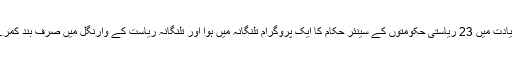
ہمارے سکریٹری کی قیادت میں 23 ریاستی حکومتوں کے سینئر حکام کا ایک پروگرام تلنگانہ میں ہوا اور تلنگانہ ریاست کے وارنگل میں صرف بند کمرے میں سیمینار نہیں ہوا۔